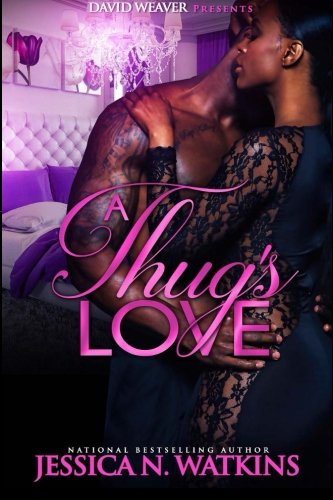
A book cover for A Thug's Love; Jessica N. Watkins; Romance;